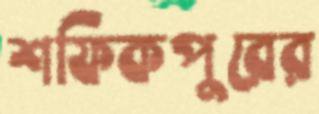
শফিকপুরের